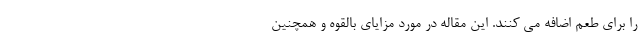
را برای طعم اضافه می کنند. این مقاله در مورد مزایای بالقوه و همچنین